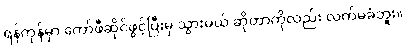
ရန်ကုန်မှာ ကော်ဖီဆိုင်ဖွင့်ပြီးမှ သွားမယ် ဆိုတာကိုလည်း လက်မခံဘူး။